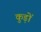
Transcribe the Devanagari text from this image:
कुड़ों